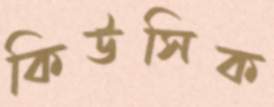
কিউসিক